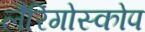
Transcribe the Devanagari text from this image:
लैरिंगोस्कोप